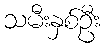
သမီးနှစ်ဦး